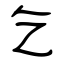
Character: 乞